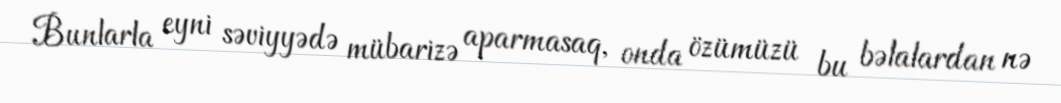
Bunlarla eyni səviyyədə mübarizə aparmasaq, onda özümüzü bu bəlalardan nə